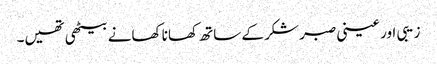
زیبی اور عینی صبر شکر کے ساتھ کھانا کھانے بیٹھی تھیں۔